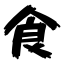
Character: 食